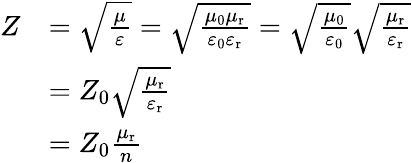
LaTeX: {\begin{array}{rl}{Z}&{={\sqrt{\frac{\mu}{\varepsilon}}}={\sqrt{\frac{\mu_{\mathrm{0}}\mu_{\mathrm{r}}}{\varepsilon_{\mathrm{0}}\varepsilon_{\mathrm{r}}}}}={\sqrt{\frac{\mu_{\mathrm{0}}}{\varepsilon_{\mathrm{0}}}}}{\sqrt{\frac{\mu_{\mathrm{r}}}{\varepsilon_{\mathrm{r}}}}}}\\ &{=Z_{0}{\sqrt{\frac{\mu_{\mathrm{r}}}{\varepsilon_{\mathrm{r}}}}}}\\ &{=Z_{0}{\frac{\mu_{\mathrm{r}}}{n}}}\end{array}}